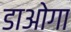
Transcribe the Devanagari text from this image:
डाओगा